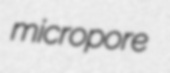
micropore